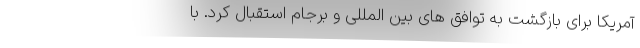
آمریکا برای بازگشت به توافق های بین المللی و برجام استقبال کرد. با